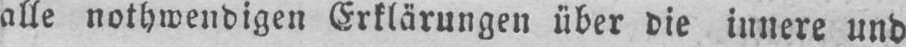
alle nothwendigen Erklärungen über die innere und